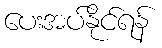
ပေးအပ်နိုင်ရန်